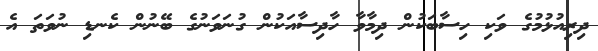
ދިރިއުޅުމުގެ ވަކި ހިސާބަކުން ދިމާވާ ހާދިސާއަކުން ގުނަވަނުގެ ބޭނުން ކެނޑި ނުވަތަ އެ